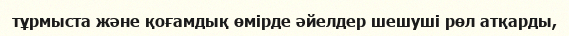
тұрмыста және қоғамдық өмірде әйелдер шешуші рөл атқарды,